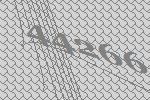
44266